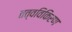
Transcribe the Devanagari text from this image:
तत्वविकिरण